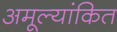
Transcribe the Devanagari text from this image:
अमूल्यांकित